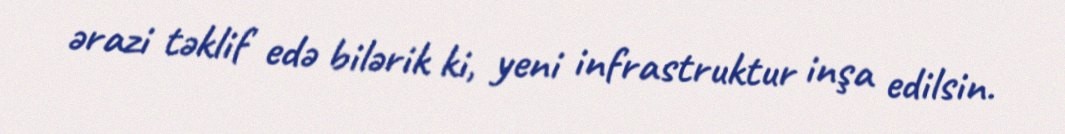
ərazi təklif edə bilərik ki, yeni infrastruktur inşa edilsin.